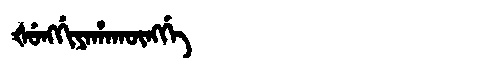
Manchu: ᡧᡠᠩᡤᡳᠶᠠᡥᠠᡴᡡᠩᡤᡝ
Romanization: ŠUNGGIYAHAKŪNGGE